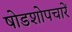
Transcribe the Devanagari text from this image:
षोडशोपचारें